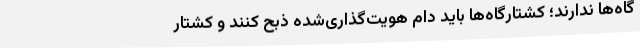
گاه‌ها ندارند؛ کشتارگاه‌ها باید دام هویت‌گذاری‌شده ذبح کنند و کشتار